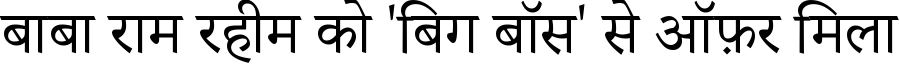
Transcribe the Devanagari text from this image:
बाबा राम रहीम को 'बिग बॉस' से ऑफ़र मिला